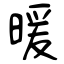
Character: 暖